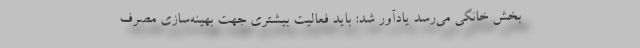
بخش خانگی می‌رسد یادآور شد: باید فعالیت بیشتری جهت بهینه‌سازی مصرف